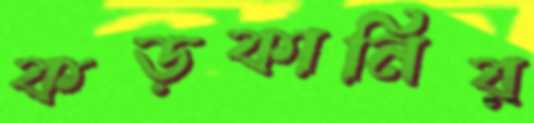
কড়কানির